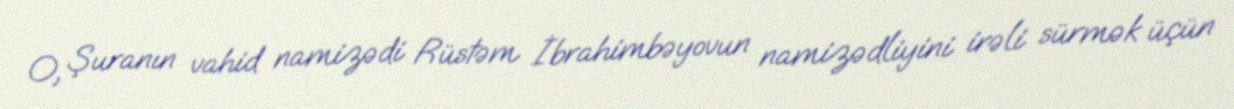
O, Şuranın vahid namizədi Rüstəm İbrahimbəyovun namizədliyini irəli sürmək üçün